Vaccination in the Punjab 1905-1918 - 1905-1918
Year: 1905
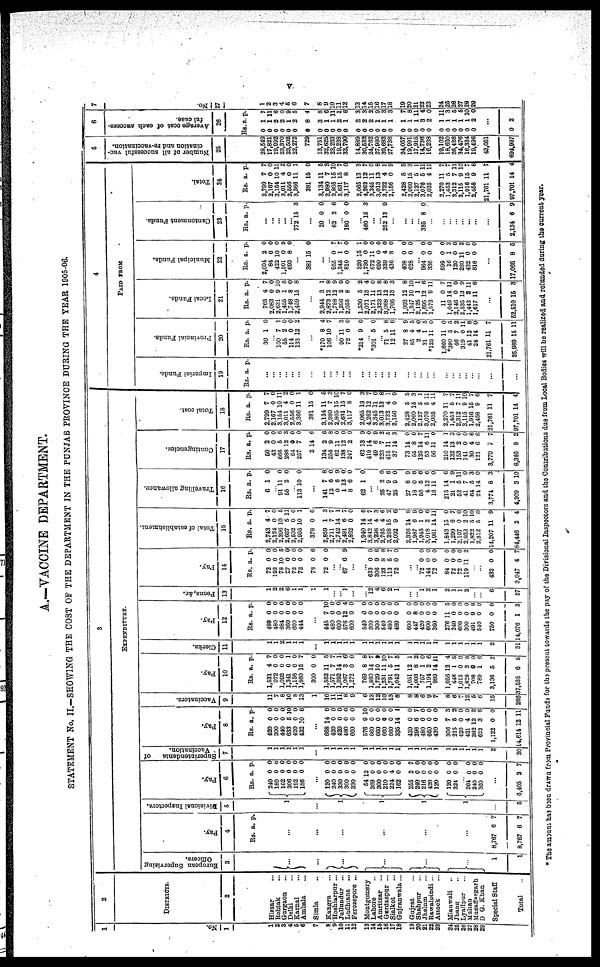
v
A.—VACCINE DEPARTMENT.
STATEMENT No. II.-SHOWING THE COST OF THE DEPARTMENT IN THE PUNJAB PROVINCE DURING THE YEAR 1905-06.
1
No.
1
1
2
3
4
5
6
7
8
9
10
11
12
13
14
15
16
17
18
19
20
21
22
23
24
25
26
27
28
29
2
DISTRICTS.
2
Hissar
...
Rohtak ...
Gurgaon ...
Delhi ...
Karnal ...
Ambala ...
Simla
...
Kangra ...
Hoshiarpur ...
Jullundur ...
Ludhiana ...
Ferozepore ...
Montgomery
Lahore ...
Amritsar ...
Gardaspur ...
Sialkot ...
Gujranwala ...
Gujrat ...
Shahpur ...
Jhelum ...
Rawalpindi ...
Attock ...
Mianwali ...
Jhang ...
Lyallpur ...
Multan
Muzaffargarh
D. G. Khan
Special Staff
Total
3
EXPENDITURE.
European Supervising
Officers.
3
...
...
...
...
...
... ... ... ...
... ... 1
1
Pay.
4
Rs. a. p.
...
...
...
...
...
...
8,767
8,767
6
6
7
7
Divisional Inspectors.
5
1
...
1
1
1
...
5
Pay.
6
Rs.
240
180
102
306
192
186
a.
0
0
0
0
0
0
p.
0
0
0
0
0
0
...
120
240
330
300
330
54
369
300
210
224
162
255
240
216
420
120
120
324
...
264
240
360
0
0
0
0
0
12
0
0
0
4
0
2
0
0
0
0
0
0
0
0
0
0
0
0
9
0
0
0
0
0
0
0
7
0
0
0
0
0
0
0
0
0
...
6,405 2 7
Superintendents
of
Vaccination.
7
1
1
1
1
1
1
...
1
1
1
1
1
1
1
1
1
1
1
1
1
1
1
1
1
1
1
l
1
1
2
30
Pay.
8
Rs.
420
300
440
633
420
432
a.
0
0
0
5
0
20
p.
0
0
0
10
0
6
...
668
420
420
480
660
576
660
660
660
660
335
420
296
480
660
420
306
215
420
421
382
623
1,122
14,614
14
0
0
0
0
9
0
0
0
0
14
0
6
0
0
0
7
5
0
4
12
3
0
12
0
0
0
0
0
10
0
0
0
0
1
0
7
0
0
0
3
2
0
0
2
6
0
11
Vaccinators.
9
11
7
8
10
8
13
1
10
11
11
8
9
6
13
12
10
13
8
8
8
6
9
7
8
6
7
12
5
6
15
266
Pay.
10
Rs.
1,531
972
1,092
1,341
1,158
1,860
300
1,552
1,671
1,392
1,067
1,272
769
1,880
1,729
1,231
1,791
1,042
1,051
1,003
757
1,194
989
1,056
448
1,015
1,828
708
789
3,136
37,535
a.
4
0
0
0
0
15
0
11
7
14
3
0
8
14
10
11
5
11
12
8
1
2
14
12
1
0
3
0
1
5
6
p.
7
0
0 1
0
7
0
5
7
1
6
0
8
7
9
10
7
5
1
2
0
6
11
4
5
0
8
0
6
2
5
Clerks.
11
1
1
?
1
1
1
...
1
1
1
1
1
1
1
1
1
1
1
1
1
1
1
1
1
1
1
1
1
1
2
31
Pay.
12
Rs.
480
480
684
360
660
444
a.
0
0
0
0
0
0
p.
0
0
0
0
0
0
... 445
480
600
576
600
540
300
300
540
480
480
600
447
420
600
360
276
240
600
300
491
510
750
14,076
7
0
0
12
0
0
0
0
0
0
0
0
8
0
0
0
11
0
0
0
9
0
0
1
10
0
0
4
0
0
0
0
0
0
0
0
0
0
0
0
6
0
0
0
8
0
0
3
Peons, &c.
13
1
2
2
6
1
1
2
1
...
...
1
...
...
12
4
6
2
1
...
... 1
2
1
2
1
1
2
...
...
6
57
Pay.
14
Rs.
72
192
78
27
72
72
78
72
a.
0
0
10
0
0
0
0
0
p.
0
0
5
0
0
0
6
0
... ... 67 6 9
...
... 633
306
123
113
72
0
9
8
5
0
0
6
8
7
0
... ...
72
144
72
84
72
72
119
0
0
0
0
0
0
11
0
0
0
0
0
0
2
... ... 432
3,047
0
4
0
7
Total of establishment.
15
Rs.
2,743
2,124
2,396
2,667
2,502
2,995
378
2,859
2,711
2,742
2,491
2,862
1,940
3,842
3,296
2,765
3,268
2,092
2,326
1,987
1,945
3,018
1,961
1,813
1,299
2,107
2,933
1,822
2,312
14,207
84,446
a.
4
0
10
5
0
10
0
1
7
14
6
0
14
14
4
4
15
9
14
6
1
2
14
15
6
0
2
5
5
11
2
p.
7
0
6
11
0
1
6
3
7
1
7
0
6
7
3
6
2
6
8
9
0
6
11
0
7
0
10
10
0
9
4
Travelling allowance.
16
Rs.
6
a.
1
p.
0
... 91
55
11
2 0
0
...
113 10 0
...
141
12
0
1
8
62
7
6 6
13
6
1
8
0
9
0
0
0
...
... 25
47
25
27
18
56
4
16
215
21
52
41
64
24
3,774
4,909
2
9
9
8
0
5
12
11
14
1
5
7
5
14
8
3
0
6
0
9
6
6
6
0
6
9
11
0
3
0
3
10
Contingencies.
17
Rs.
60
43
666
288
54
257
3
134
256
62
138
247
62
419
49
223
415
37
73
55
125
53
56
210
132
153
141
30
121
3,770
8,346
a.
2
0
5
12
0
7
14
2
9
11
12
2
13
14
6
7
11
14
14
8
14
6
11
14
13
2
0
4
6
7
8
p.
0
0
6
3
0
0
6
6
8
0
0
0
9
0
9
2
5
3
0
0
7
11
0
1
3
0
0
6
6
7
2
Total cost.
18
Rs.
2,799
2,167
3,154
3,011
2,556
3,366
381
3,134
2,980
2,805
2,631
3,117
2,065
4,262
3,345
3,013
3,732
2,150
2,428
2,060
2,127
3,076
2,035
2,270
1,458
2,312
3,115
1,916
2,458
21,761
97,701
a.
7
0
10
4
0
11
15
11
7
15
15
8
13
12
11
13
4
0
5
15
5
5
4
11
5
7
9
15
9
11
71
p.
7
0
11 2
0
1
0
5
3
10
7
0
3
7
0
8
1
9
5
3
1
11
11
7
7
11
10
7 6
7
4
4
PAID FROM
Imperial Funds.
19
Rs. a. p.
... ... ... ... ... ...
... ...
... ...
... ... ... ... ...
... ... ... ... ... ... ... ... ... ... ... ... ... ...
Provincial Funds.
20
Rs.
30
a.
1
p.
0
... 100
55
114
133
7
2
0
12
1
0
0
2
...
*170
106
8
10
4
7
... 90
72
*214
11
0
9
3
0
0
...
*301 5 0
...
71
12
27
85
2
31
*125
1,660
*390
46
319
41
24
21,761
25,989
5
11
8
4
4
1
11
11
5
7
0
12
14
11
15
8
6
9
5
0
5
0
0
5
2
1
8
0
7
11
Local
Funds.
21
Rs.
765
2,083
2,631
1,455
1,748
2,459
a.
4
0
9
1
8
15
p.
7
0
10
5
0
8
... 2,944
2,873
1,788
1,296
2,055
1,.530
2,071
2,171
2,323
3,068
1,706
1,992
1,347
2,125
1,695
1,573
11
1,046
2,146
2,535
1,443
1,617
3
12
12
2
8
5
13
11
13
12
13
12
10
1
12
9
0
14
0
13
2
11
1
8
9
9
0
2
4
0
8
8
3
8
10
1
6
11
7
11
9
9
11
6
...
52,510 15 3
Municipal Funds.
22
Rs.
2,004
84
422
1,501
693
a.
2
0
10
0
8
p.
0
0
0
9
0
... 381 15 0
... ...
955
1,245
810
320
1,730
872
690
339
436
408
628
0
1
0
15
0
11
0
4
8
0
0
7
7
0
1
0
0
0
0
0
0
0
...
964
336
599
16
120
260
432
816
0
0
0
1
0
11 0
0
0
0
0
3
0
2
0
0
...
17,066 8 5
Cantonment Funds.
23
Rs. a. p.
... ... ... ... ...
772 15 3
... 20 0 0
... 62 2 6
... 180 0 0
... 460 15 3
...
... 252 13 9
... ... ... ...
385 8 0
... ... ... ... ... ... ... ...
2,134 6 9
Total.
24
Rs.
2,799
2,167
3,154
3,011
2,556
3,366
381
3,134
2,980
2,805
2,631
3,117
2,065
4,262
3,345
3,013
3,732
2,156
2,428
2,060
2,127
3,076
2,035
2,270
1,453
2,312
3,115
1,916
2,458
21,761
97,701
a.
7
0
10
4
0
11
15
11
7
15
15
8
13
12
11
13
4
0
5
15
5
5
4
11
5
7
9
15
9
11
14
p.
7
0
11
2
0
1
0
5
3
10
7
0
3
7
0
8
1
9
5
3
1
11
11
7
7
11
10
7
6
7
4
5
Number of all successful vac-
cination and re-vaccination.
25
28,549
17,821
19,992
23,370
23,502
22,272
729
13,761
32,625
23,263
19,238
33,790
14,889
30,532
24,762
27,980
39,682
27,738
24,057
19,991
17,915
14,736
16,268
19,102
18,660
26,426
34,476
16,334
19,496
43,051
694,997
6
Average cost of each success-
ful case.
26
Rs.
0
0
0
0
0
0
0
0
0
0
0
0
0
0
0
0
0
0
0
0
0
0
0
0
0
0
0
0
0
a.
1
1
2
2
1
2
8
3
1
1
2
1
2
2
2
1
1
1
1
1
1
3
2
1
1
1
1
1
2
p.
7
11
6
0
9
5
4
8
6
11
1
6
3
3
2
9
3
3
7
8
11
4
0
1
3
5
5
10
0
...
0 2
7
No.
27
1
2
3
4
5
6
7
8
0
10
11
12
13
14
15
16
17
18
19
20
21
22
23
24
25
26
27
28
29
* The amount has been drawn from Provincial Funds for the present towards the pay of the Divisional Inspectors and the Contributions due from Local Bodies will be realized and refunded during the current year.